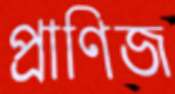
প্রাণিজ